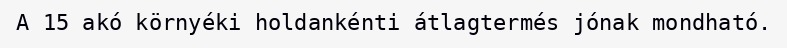
A 15 akó környéki holdankénti átlagtermés jónak mondható.